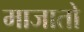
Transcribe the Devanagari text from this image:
माजातो